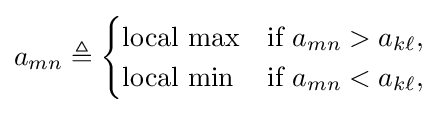
a_{mn}\triangleq {\begin{cases}{\text{local max}}&{\text{if }}a_{mn}>a_{k\ell },\\{\text{local min}}&{\text{if }}a_{mn}<a_{k\ell },\end{cases}}